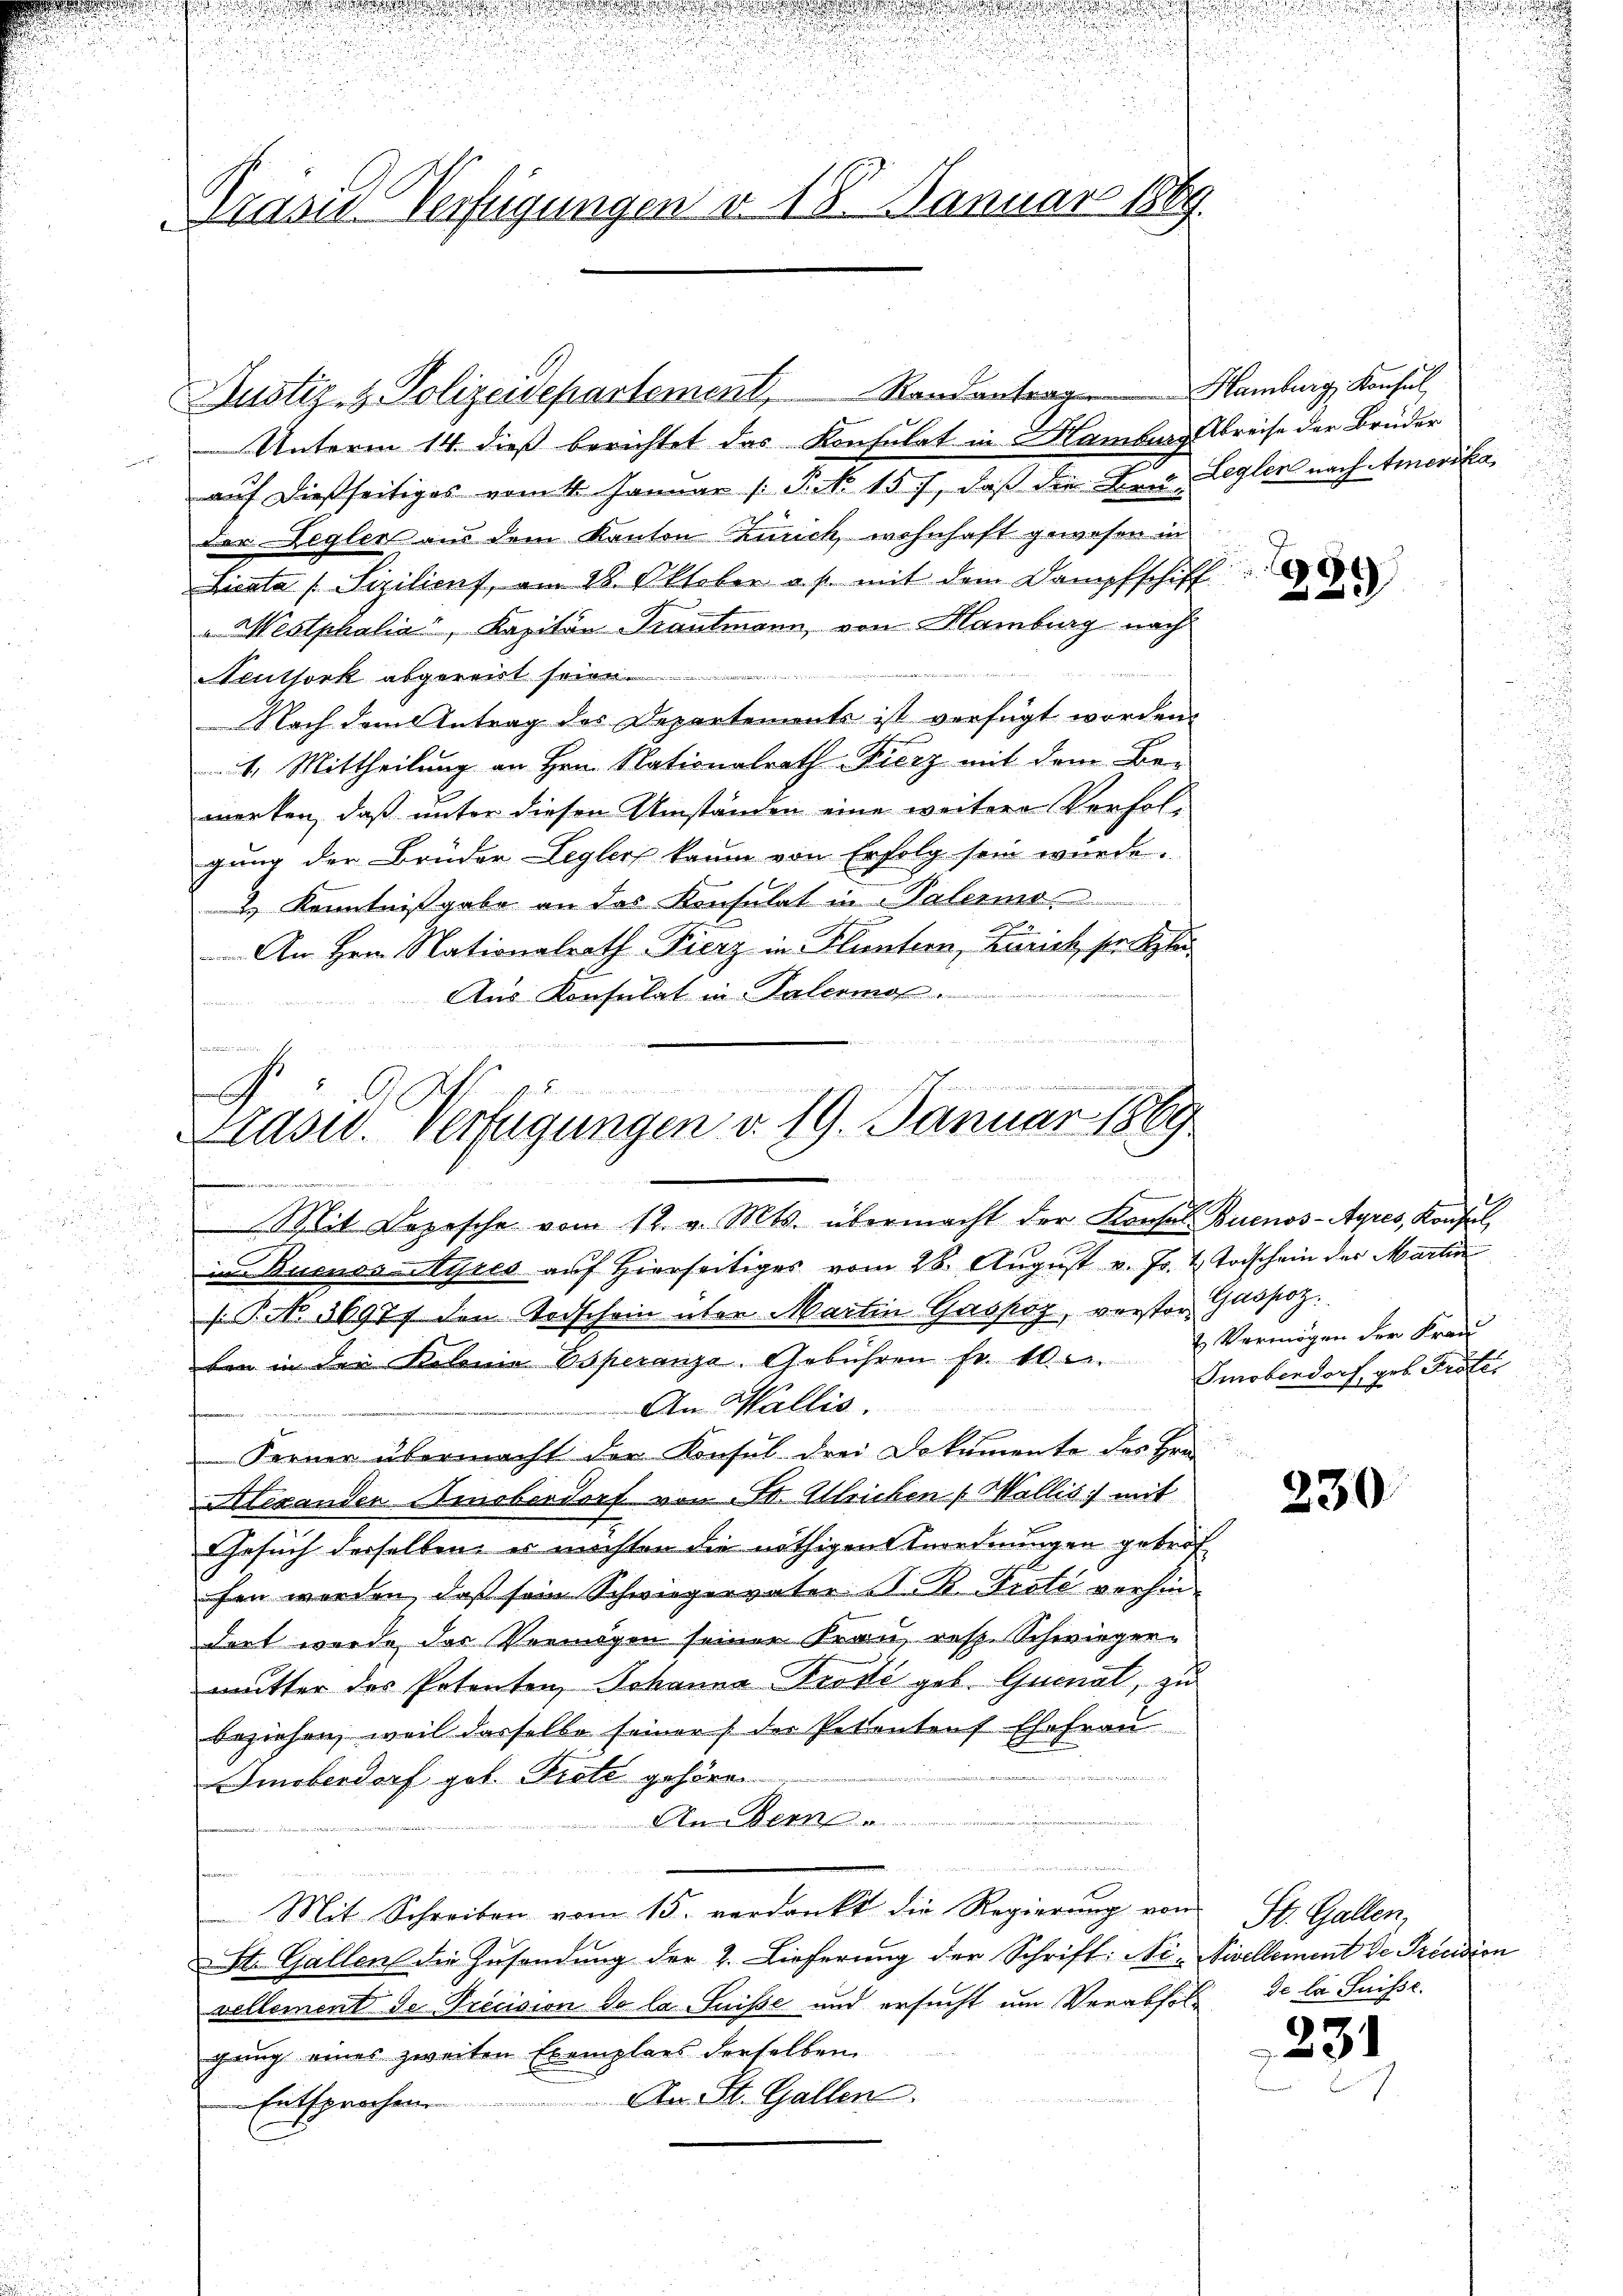
Präses Verfügungen v. 18. Januar 1889.

Austiz- & Polizeidepartement, Randentrag Hamburg, Konsul
Unterm 14. dieß berichtet das Konsulat in Mamburg Abreise der Brüder
auf dießseitiges vom 4. Januar /: P. Nr. 157, daß die Land, Legler nach Amerikader Legler aus dem Kanton Zürich, wohnhaft gewesen in
Licata Sizilieuf, am 28. Oktober a. p. mit dem Dampfschiff
" Westphalia, Kapiton Trautmann, von Hamburg nach

Neuthork abgereist seien.
Nach dem Antrag des Departemente ist verfügt worden.
1. Mittheilung an Hrn. Nationalrath Fierz mit dem Be
werken, daß unter diesen Umständen eine weitere Verfolgung der Brüder Legler kaum von Erfolg sein wurde.
2.) Kenntnißgabe an das Konsulat in Palerme
An Hrn. Nationalrath Fierz in Fluntern, Zürich, steckte
Aus Konsulat in Palermor.

B er

.
h
lasw. Verfügungen d. 19. Januar 1869
oint derseiter
Mit Depesche vom 12. v. Mts. übermacht der Konsul Buenos-Ayres, Konsul,

in BuenoasAyres auf Hierseitiges vom 28. August v. Js. & Todschein der Martin
[T. NNo. 36977 den Todschein über Martin Gaspoz, verstor Gaspoz.
ben in den Kolonia Esperanza-Gebühren fr. 10. u Vermögen der Frau
An Wallis.
Ferner übermacht der Konsul drei Dokumente des Hrn.
Alexander Amoberdorf von Fr. Alleichen (Wallis mit
Gesuch derselben es machten die nöthigen Anordnungen getrof
fen werden, daß sein Schwiegervater P. R. Prote verhindert wurde das Vermögen seiner Frau, resp. Schwieger-
mutter des Potenten, Johanna Prode geb. Quinal, zu
beziehen, weil dasselbe seiner (der Petenteuf Ehefrau
u
Imoberdorf geb. Prett gehöre.
An Bern

Mit Schreiben vom 15. verdankt die Regierŭng von
St. Gallen die Zusendung der 2. Lieferung der Schrift: Ni-Nivellement de Precision
vellement de Trecision de la Suisse und ersucht um Verabfolgung eines zweiten Exemplars derselben
An St. Gallen.
Entsprochen

0
23

Smobendorf geb. Fister

230.

St. Gallen,
de la Suisse.

331